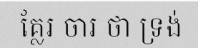
គ្លែរ ចារ ថា ទ្រង់